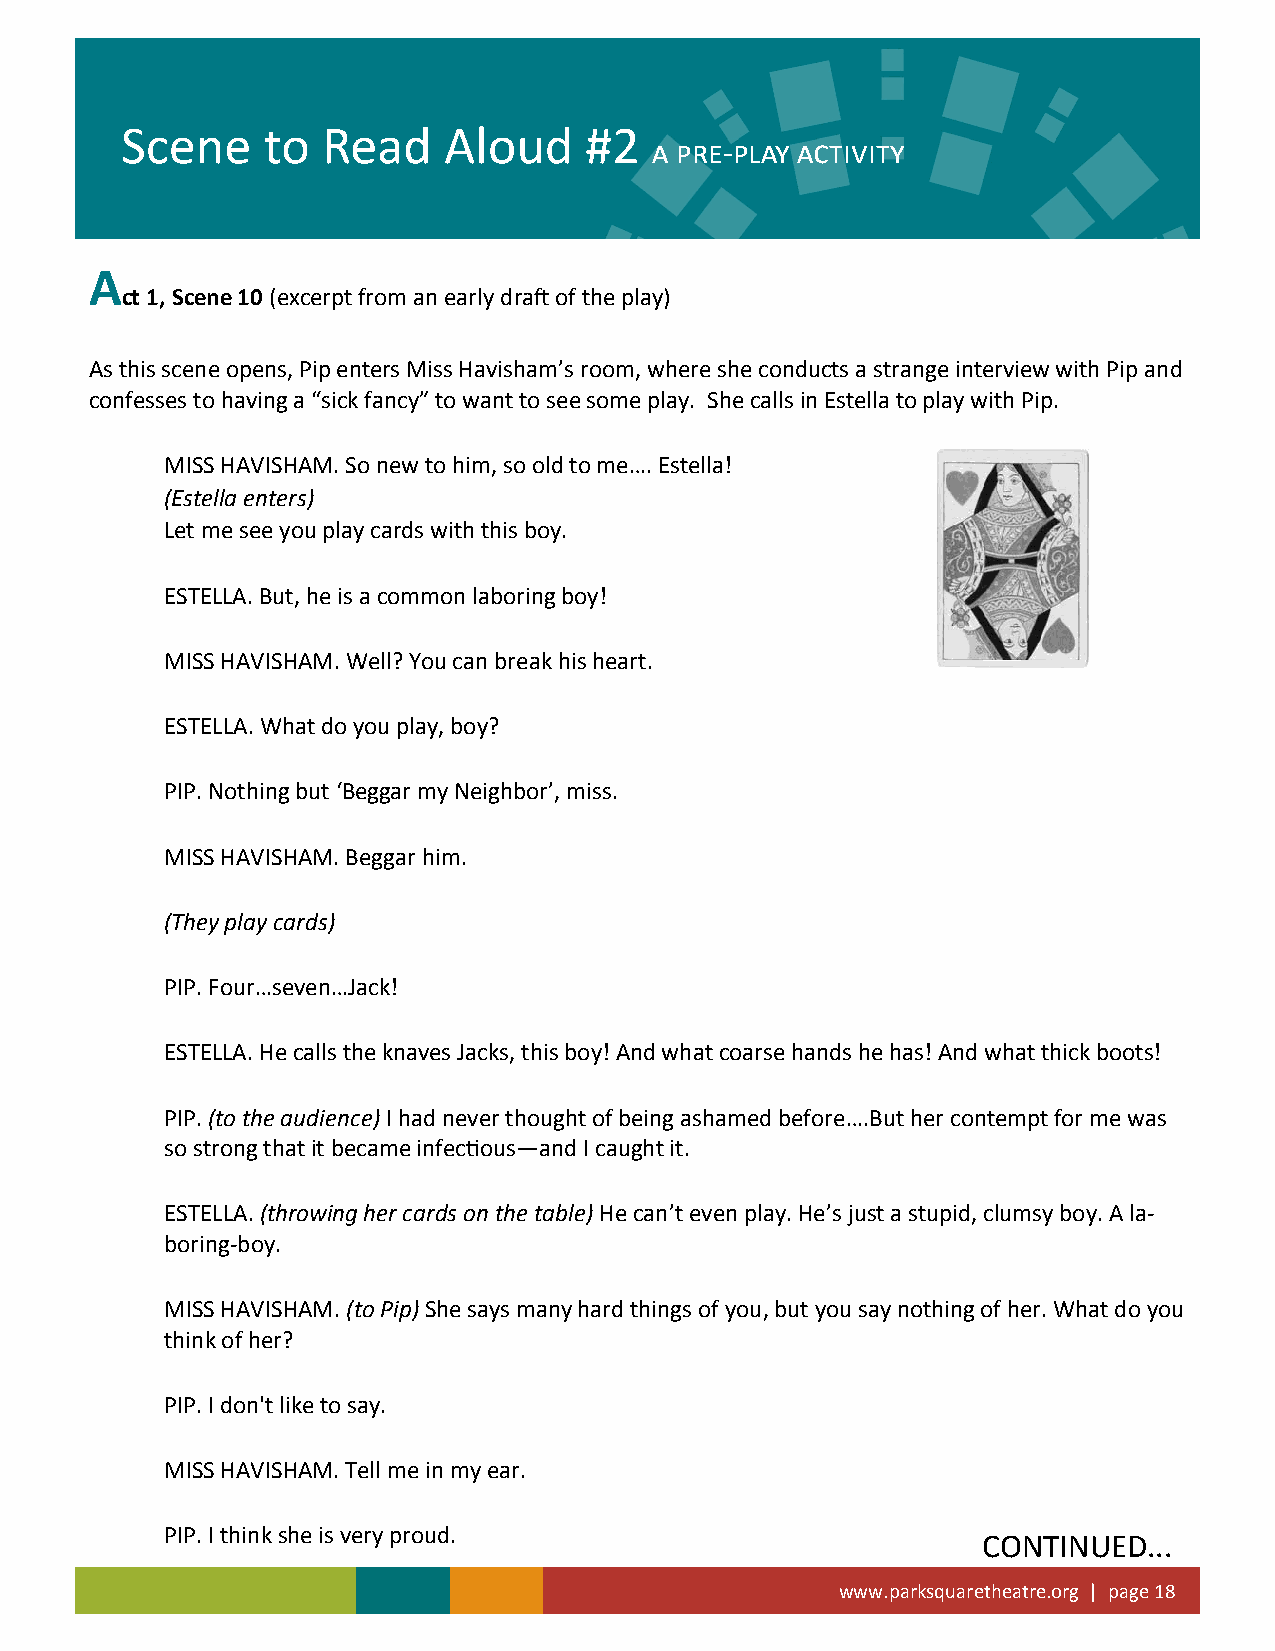
Scene    to  Read    Aloud     #2
 a pre-play activity
 A
 ct 1, Scene 10 (excerpt from an early draft of the play)
 As this scene opens, Pip enters Miss Havisham’s room, where she conducts a strange interview with Pip and
 confesses to having a “sick fancy” to want to see some play. She calls in Estella to play with Pip.
 MISS HAVISHAM. So new to him, so old to me…. Estella!
 (Estella enters)
 Let me see you play cards with this boy.
 ESTELLA. But, he is a common laboring boy!
 MISS HAVISHAM. Well? You can break his heart.
 ESTELLA. What do you play, boy?
 PIP. Nothing but ‘Beggar my Neighbor’, miss.
 MISS HAVISHAM. Beggar him.
 (They play cards)
 PIP. Four…seven…Jack!
 ESTELLA. He calls the knaves Jacks, this boy! And what coarse hands he has! And what thick boots!
 PIP. (to the audience) I had never thought of being ashamed before….But her contempt for me was
 so strong that it became infectious—and I caught it.
 ESTELLA. (throwing her cards on the table) He can’t even play. He’s just a stupid, clumsy boy. A la-
 boring-boy.
 MISS HAVISHAM. (to Pip) She says many hard things of you, but you say nothing of her. What do you
 think of her?
 PIP. I don't like to say.
 MISS HAVISHAM. Tell me in my ear.
 PIP. I think she is very proud.
 CONTINUED...
 www.parksquaretheatre.org | page 18